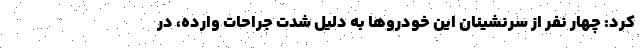
کرد: چهار نفر از سرنشینان این خودروها به دلیل شدت جراحات وارده، در